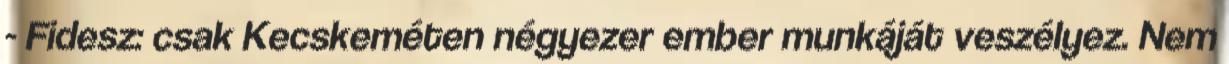
- Fidesz: csak Kecskeméten négyezer ember munkáját veszélyez. Nem